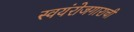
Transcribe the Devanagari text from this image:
स्वयंरोजगाराची